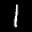
Label: 1